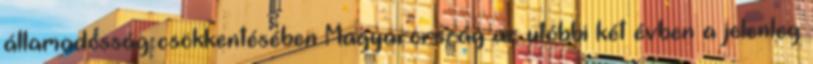
államadósság csökkentésében Magyarország az utóbbi két évben a jelenleg